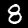
Digit: 8